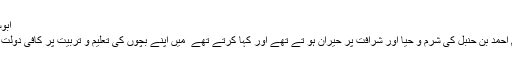
ابوسراج کہتے ہیں
میرے والد ٗ امام احمد بن حنبل کی شرم و حیا اور شرافت پر حیران ہو تے تھے اور کہا کرتے تھے ٗ میں اپنے بچوں کی تعلیم و تربیت پر کافی دولت خرچ کرتا ہوں۔